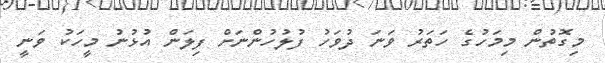
މިގޮތުން މިމަހުގެ ހަތަރު ވަނަ ދުވަހު ފުލުހުންނަށް ފިލަން އުޅުނު މީހަކު ވަނީ